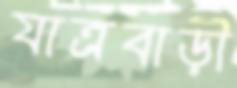
যাত্রবাড়ী